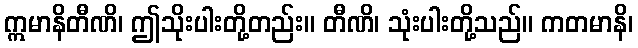
ဣမာနိတီဏိ၊ ဤသိုးပါးတို့တည်း။ တီဏိ၊ သုံးပါးတို့သည်။ ကတမာနိ၊